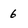
Character: 6